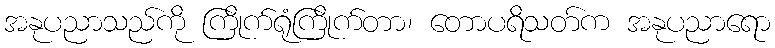
အနုပညာသည်ကို ကြိုက်ရုံကြိုက်တာ၊ တောပရိသတ်က အနုပညာရော